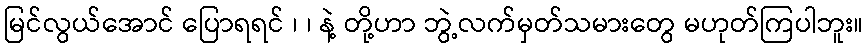
မြင်လွယ်အောင် ပြောရရင် ၊ ၊ နဲ့ တို့ဟာ ဘွဲ့လက်မှတ်သမားတွေ မဟုတ်ကြပါဘူး။